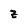
Character: Z